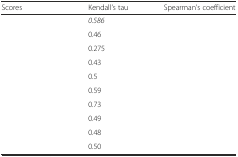
<table><thead><tr><td><b>Scores</b></td><td><b>Kendall’s tau</b></td><td><b>Spearman’s coefficient</b></td></tr></thead><tbody><tr><td>[EMPTY_CELL]</td><td><i>0.586</i></td><td>[EMPTY_CELL]</td></tr><tr><td>[EMPTY_CELL]</td><td>0.46</td><td>[EMPTY_CELL]</td></tr><tr><td>[EMPTY_CELL]</td><td>0.275</td><td>[EMPTY_CELL]</td></tr><tr><td>[EMPTY_CELL]</td><td>0.43</td><td>[EMPTY_CELL]</td></tr><tr><td>[EMPTY_CELL]</td><td>0.5</td><td>[EMPTY_CELL]</td></tr><tr><td>[EMPTY_CELL]</td><td>0.59</td><td>[EMPTY_CELL]</td></tr><tr><td>[EMPTY_CELL]</td><td>0.73</td><td>[EMPTY_CELL]</td></tr><tr><td>[EMPTY_CELL]</td><td>0.49</td><td>[EMPTY_CELL]</td></tr><tr><td>[EMPTY_CELL]</td><td>0.48</td><td>[EMPTY_CELL]</td></tr><tr><td>[EMPTY_CELL]</td><td>0.50</td><td>[EMPTY_CELL]</td></tr></tbody></table>